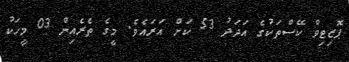
ޕޮޒިޓިވް ކޭސްތަކުގެ އަދަދު 53 ކަށް އަރައެވެ. މީގެ ތެރެއިން 03 މީހަކު